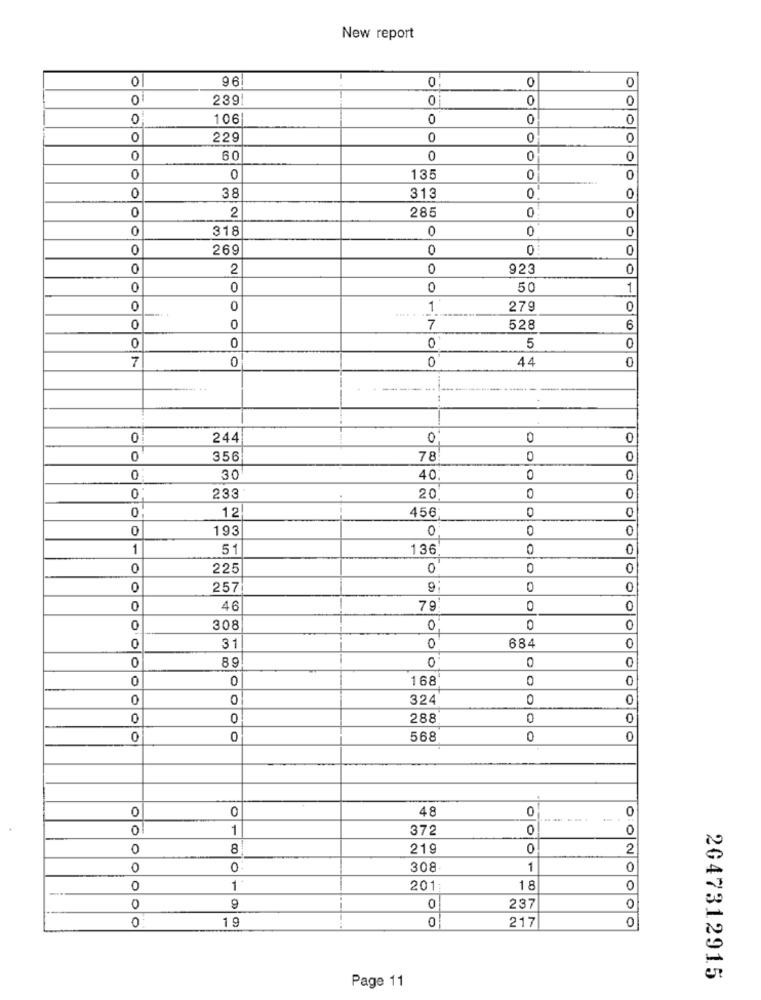
New report
0
96
0
0
0
239
0
0
0
0
106
0
0
0
229
0
0
0
60
0
0
0
0
0
135
0
0
0
0
38
313
0
0
2
285
0
0
0
318
0
0
0
0
269
0
0
0
0
2
0
923
0
0
0
0
50
1
0
0
1
279
0
0
0
7
528
6
0
0
0
5
0
7
0
44
0
-
0
244
0
0
0
0
356
78
0
0
30
40
0
0
0
233
20
12
456
0
0
193
0
O
0
1
5
136
0
0
0
225
0
0
0
257
9
0
0
46
79
0
308
0
0
0
0
0
31
0
684
0
89
0
0
0
0
168
0
0
0
324
0
0
0
288
0
0
O
568
0
0
0
48
0
01
1
372
O
0
8
219
0
2
0
0
308
1
0
11
201
18
0
0
237
19
0
217
0
0
Page 11
2047312915